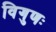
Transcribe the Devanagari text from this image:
विगुणः